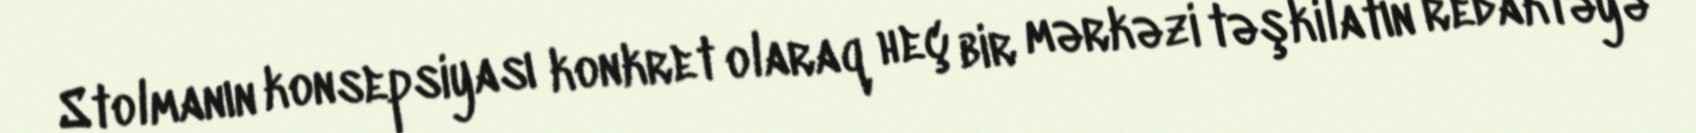
Stolmanın konsepsiyası konkret olaraq heç bir mərkəzi təşkilatın redaktəyə